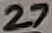
Text: 27